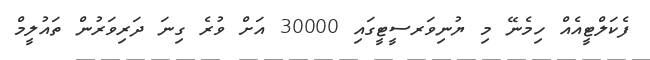
ފެކަލްޓީއެއް ހިމެނޭ މި ޔުނިވަރސީޓީގައި 30000 އަށް ވުރެ ގިނަ ދަރިވަރުން ތައުލީމް